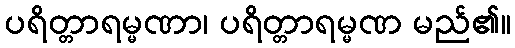
ပရိတ္တာရမ္မဏာ၊ ပရိတ္တာရမ္မဏ မည်၏။